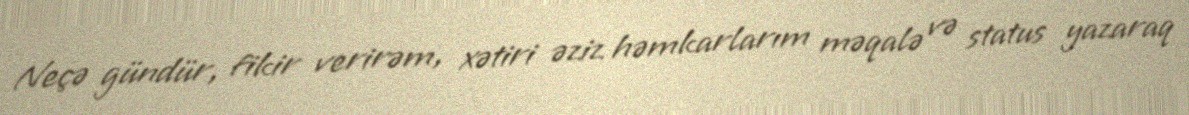
Neçə gündür, fikir verirəm, xətiri əziz həmkarlarım məqalə və status yazaraq